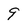
Character: 9